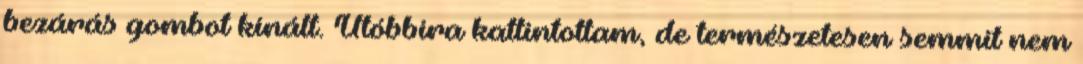
bezárás gombot kínált. Utóbbira kattintottam, de természetesen semmit nem